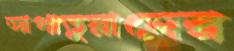
আপাতুয়ানের